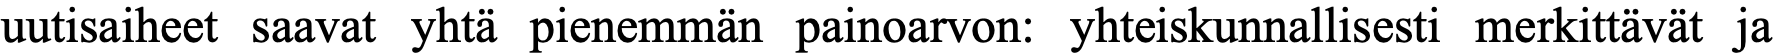
uutisaiheet saavat yhtä pienemmän painoarvon: yhteiskunnallisesti merkittävät ja